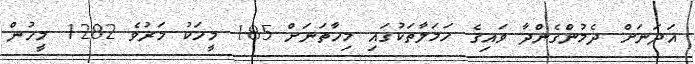
އަދަނަށް ދެމުންގެންދާ ވައިގެ ހަމަލާތަކުގައި މިހާތަނަށް 185 މީހަކު މަރުވެ 1282 މީހުން